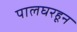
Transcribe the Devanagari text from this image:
पालघरहून